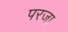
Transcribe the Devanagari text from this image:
परजा